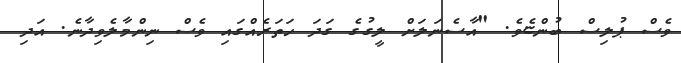
ވެސް ޕުލިސް ބުންޏެވެ. "އާސެނަލަށް ލީގުގެ ގަދަ ހަތަރެއްގައި ވެސް ނިންމާލެވިދާނެ. އަދި